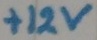
Text: +12v